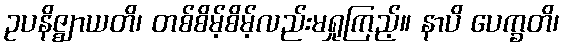
ဥပနိဇ္ဈာယတိ၊ တစ်စိမ့်စိမ့်လည်းမရှုကြည့်။ နာပိ ပေက္ခတိ၊